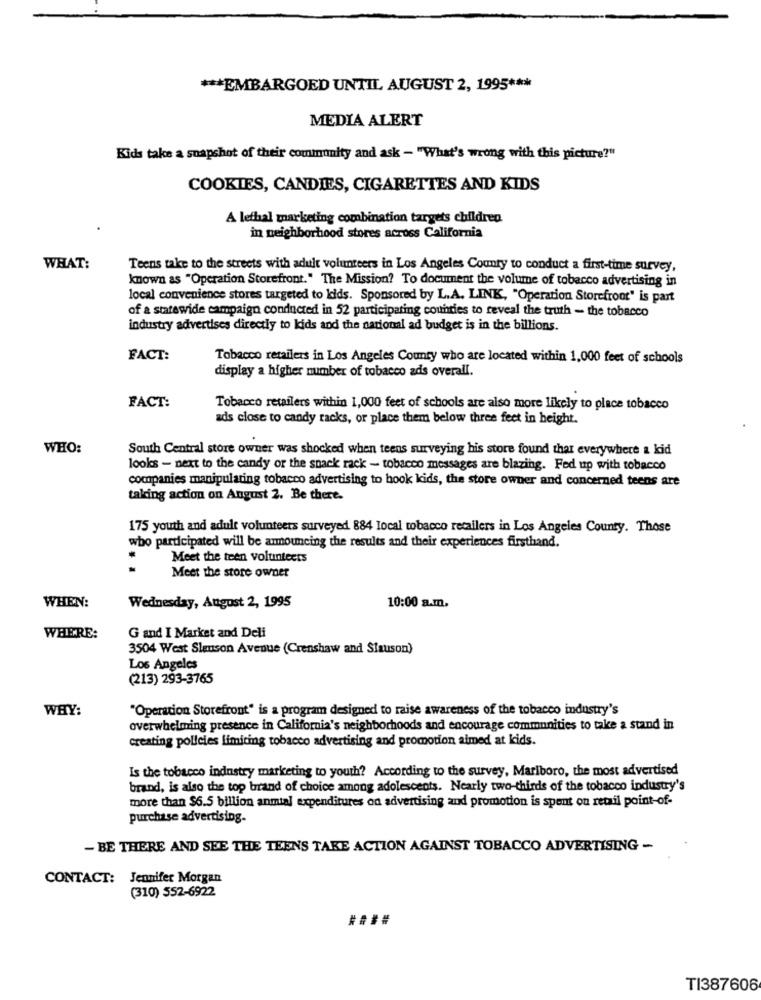
*** EMBARGOED UNTIL AUGUST 2, 1995 ***
MEDIA ALERT
Kids take a snapshot of their community and ask - "What's wrong with this picture?"
COOKIES, CANDIES, CIGARETTES AND KIDS
A lethal marketing combination targets children
in neighborhood stores across California
WHAT:
Teens take to the streets with adult volunteers in Los Angeles County to conduct a first-time survey,
known as "Operation Storefront." The Mission? To document the volume of tobacco advertising in
local convenience stores targeted to kids. Sponsored by L.A. LINK, "Operation Storefront" is part
of a statewide campaign conducted in 52 participating counties to reveal the truth - the tobacco
industry advertises directly to kids and the national ad budget is in the billions.
FACT:
Tobacco retailers in Los Angeles County who are located within 1,000 feet of schools
display a higher number of tobacco ads overall.
FACT:
Tobacco retailers within 1,000 feet of schools are also more likely to place tobacco
ads close to candy racks, or place them below three feet in height.
WHO:
South Central store owner was shocked when teens surveying his store found that everywhere a kid
looks - next to the candy or the snack rack - tobacco messages are blazing. Fed up with tobacco
companies manipulating tobacco advertising to hook kids, the store owner and concerned teens are
taking action on August 2. Be there.
175 youth and adult volunteers surveyed 884 local tobacco retailers in Los Angeles County. Those
who participated will be amouncing the results and their experiences firsthand.
Meet the teen volunteers
Meet the store owner
WHEN:
Wednesday, August 2, 1995
10:00 a.m.
WHERE:
G and I Market and Deli
3504 West Slauson Avenue (Crenshaw and Slauson)
Los Angeles
(213) 293-3765
WHY:
"Operation Storefront" is a program designed to raise awareness of the tobacco industry's
overwhelming presence in California's neighborhoods and encourage communities to take a stand in
creating policies limiting tobacco advertising and promotion aimed at kids.
Is the tobacco industry marketing to youth? According to the survey, Marlboro, the most advertised
brand, is also the top brand of choice among adolescents. Nearly two-thirds of the tobacco industry's
more than $6.5 billion anmial expenditures on advertising and promotion is spent on retail point-of-
purchase advertising.
- BE THERE AND SEE THE TEENS TAKE ACTION AGAINST TOBACCO ADVERTISING -
CONTACT: Jennifer Morgan
(310) 552-6922
####
TI387606